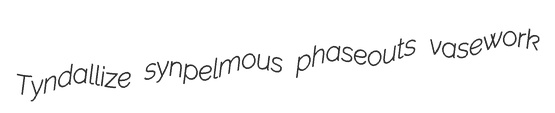
Tyndallize synpelmous phaseouts vasework